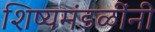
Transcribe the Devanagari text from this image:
शिष्यमंडळींनी